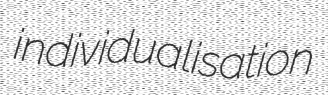
individualisation